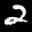
Label: 2